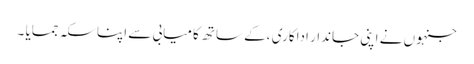
جنہوں نے اپنی جاندار اداکاری ،کے ساتھ کامیابی سے اپنا سکہ جمایا ۔